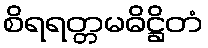
စိရရတ္တမဓိဋ္ဌိတံ